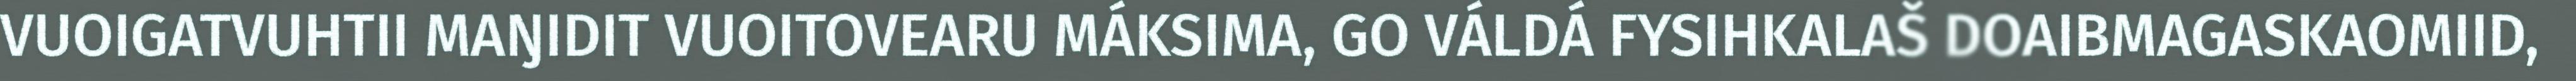
VUOIGATVUHTII MAŊIDIT VUOITOVEARU MÁKSIMA, GO VÁLDÁ FYSIHKALAŠ DOAIBMAGASKAOMIID,